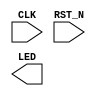
module led_flash(CLK, RST_N, LED);
	input CLK;// 50MHz
	input RST_N;
	output LED;

	reg LED_025Hz;// 0.25Hz

	// Please write down your code!



endmodule